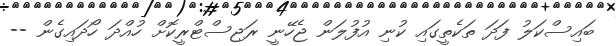
ބައިސްކަލު ފަދަ ތަކެތީގައި ކުނި އުފުލަން ޖެހޭނީ ރަޖިސްޓްރީކޮށް ހުއްދަ ހޯދައިގެން --